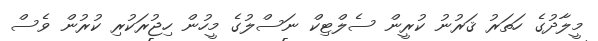
މީލާދުގެ ހަތަރު ޤަރުނު ކުރީން ސެލްޓިކް ނަސްލުގެ މީހުން ހިޖުރަކުރި ކުރުން ވެސް